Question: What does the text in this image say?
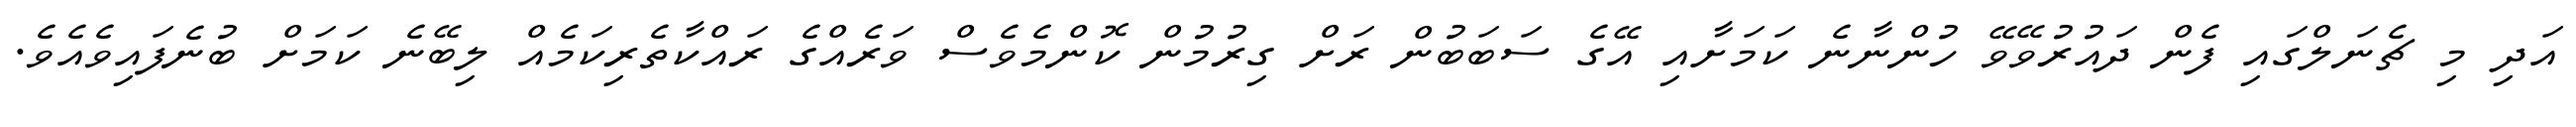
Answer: އަދި މި ޗެނަލްގައި ފެން ދައުރުވޭވޭ ހުންނާނެ ކަމަށާއި އޭގެ ސަބަބުން ރަށް ގިރުމުން ކޮންމެވެސް ވަރެއްގެ ރައްކާތެރިކަމެއް ލިބޭނެ ކަމަށް ބުނެފައިވެއެވެ.